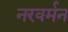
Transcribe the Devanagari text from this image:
नरवर्मन